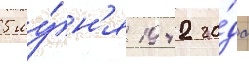
5 иу́н'я 1942 го́да